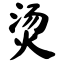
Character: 烫